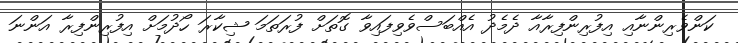
ކަންވެރިންނާއި އިފުރިންފިރާއާ ދެމެދު އެއްބަސްވެވިފައިވާ ގޮތަށް ފުރަތަމަ ޝިކާރަ ހޯދުމަށް އިފުރިންފިރާ އަންނަ